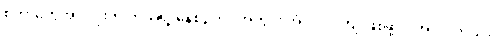
စတာတွေအားလုံးက ကိုယ့်ရဲ့ နေ့စဉ်ဘဝအတွင်း အံဝင်ဂွင်ကျ ဖြစ်ဖို့ လိုအပ်ပါတယ်။